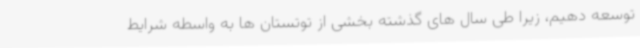
توسعه دهیم، زیرا طی سال های گذشته بخشی از توتستان ها به واسطه شرایط